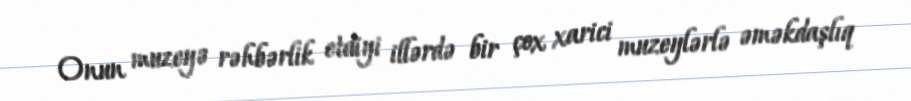
Onun muzeyə rəhbərlik etdiyi illərdə bir çox xarici muzeylərlə əməkdaşlıq